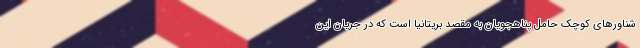
شناورهای کوچک حامل پناهجویان به مقصد بریتانیا است که در جریان این